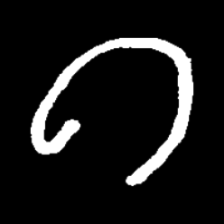
Pyu character \u2014 Myanmar letter: ဂ (romanized: ga)